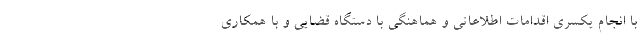
با انجام یکسری اقدامات اطلاعاتی و هماهنگی با دستگاه قضایی و با همکاری